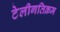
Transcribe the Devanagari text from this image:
टेलीगतिक्रम